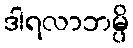
ဒါရလာဘမ္ပိ